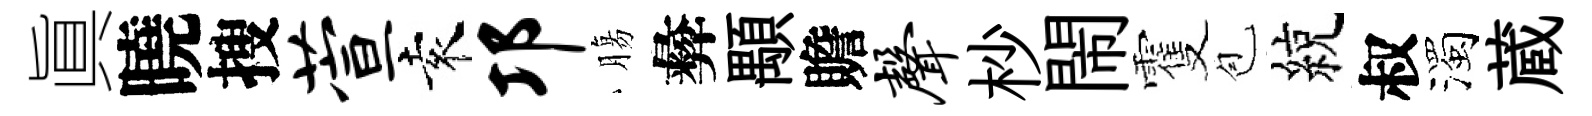
眞曉搜萱袁邛膓彜顒贍声杪閙䨥苞綂叔濁蔵